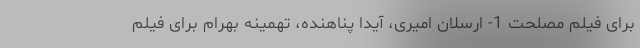
برای فیلم مصلحت 1- ارسلان امیری، آیدا پناهنده، تهمینه بهرام برای فیلم